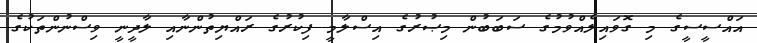
އައްސީސީގެ މި ގޮވައިލެއްވުމުގެ ސަބަބުން މިޞުރުގެ އިސްލާމީ ފިކުރުގެ ރައްޔިތުންނާއި ލާދީނީ ވިސްނުންތަކުގެ